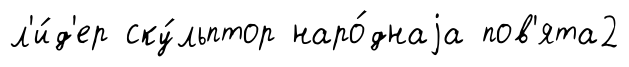
л'и́д'ер ску́льптор наро́днаjа пов'ята2